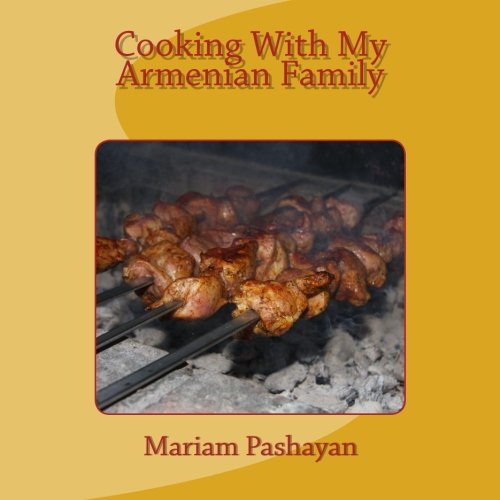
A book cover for Cooking With My Armenian Family; Mariam Pashayan; Cookbooks, Food & Wine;